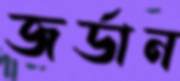
জর্ডান